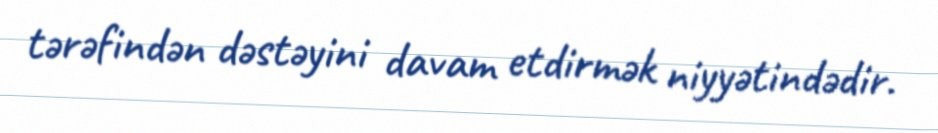
tərəfindən dəstəyini davam etdirmək niyyətindədir.